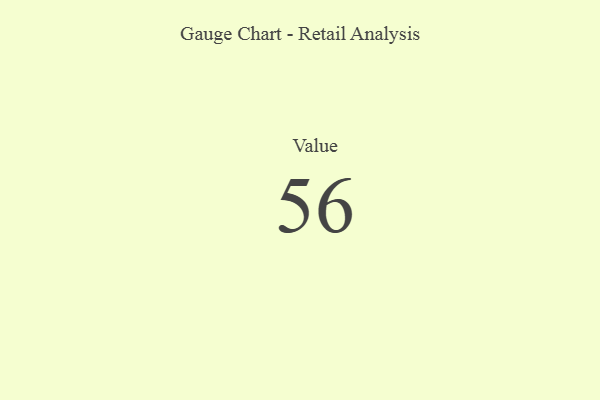
{"axis": {"x": "Metric", "y": "Value"}, "legend": [""], "data": [{"x": "Value", "y": 56, "type": ""}]}